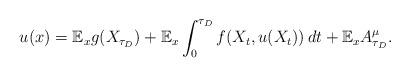
LaTeX: \begin{align*}u(x)=\mathbb E_x g(X_{\tau_D})+\mathbb E_x\int_0^{\tau_D}f(X_t,u(X_t))\,dt+\mathbb E_x A^\mu_{\tau_D}.\end{align*}